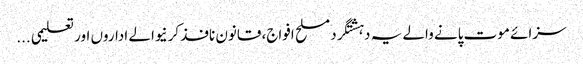
سزائے موت پانے والے یہ دہشتگرد مسلح افواج، قانون نافذ کرنیوالے اداروں اور تعلیمی ...